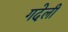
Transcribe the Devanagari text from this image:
गदेली